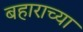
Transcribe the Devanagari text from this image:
बहाराच्या